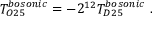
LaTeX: T _ { O 2 5 } ^ { b o s o n i c } = - 2 ^ { 1 2 } T _ { D 2 5 } ^ { b o s o n i c } \ .